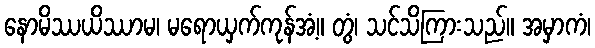
နောမိဿယိဿာမ၊ မရောယှက်ကုန်အံ့။ တွံ၊ သင်သိကြားသည်။ အမှာကံ၊